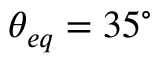
{ \theta _ { e q } } = 3 5 ^ { \circ }